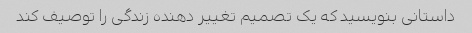
داستانی بنویسید که یک تصمیم تغییر دهنده زندگی را توصیف کند